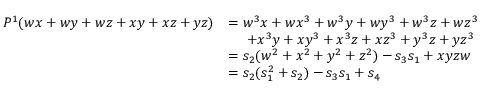
\begin{array} { r l } { P ^ { 1 } ( w x + w y + w z + x y + x z + y z ) } & { = w ^ { 3 } x + w x ^ { 3 } + w ^ { 3 } y + w y ^ { 3 } + w ^ { 3 } z + w z ^ { 3 } } \\ & { \, \, \, \, \, \, \, \, + x ^ { 3 } y + x y ^ { 3 } + x ^ { 3 } z + x z ^ { 3 } + y ^ { 3 } z + y z ^ { 3 } } \\ & { = s _ { 2 } ( w ^ { 2 } + x ^ { 2 } + y ^ { 2 } + z ^ { 2 } ) - s _ { 3 } s _ { 1 } + x y z w } \\ & { = s _ { 2 } ( s _ { 1 } ^ { 2 } + s _ { 2 } ) - s _ { 3 } s _ { 1 } + s _ { 4 } } \end{array}